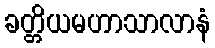
ခတ္တိယမဟာသာလာနံ